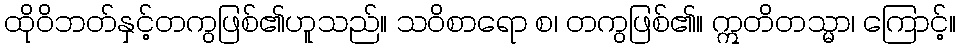
ထိုဝိဘတ်နှင့်တကွဖြစ်၏ဟူသည်။ သဝိစာရော စ၊ တကွဖြစ်၏။ ဣတိတသ္မာ၊ ကြောင့်။